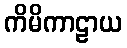
ကိမိကာဠာယ